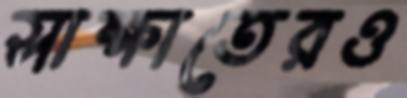
সাক্ষাতেরও